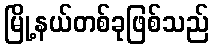
မြို့နယ်တစ်ခုဖြစ်သည်